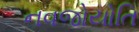
નવજોયોતિ